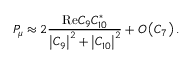
{ \cal P } _ { \mu } \approx 2 \frac { \mathrm { R e } C _ { 9 } C _ { 1 0 } ^ { * } } { \left| C _ { 9 } \right| ^ { 2 } + \left| C _ { 1 0 } \right| ^ { 2 } } + { \cal O } \left( C _ { 7 } \right) .